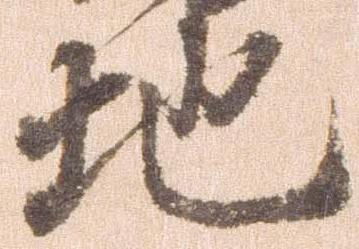
地